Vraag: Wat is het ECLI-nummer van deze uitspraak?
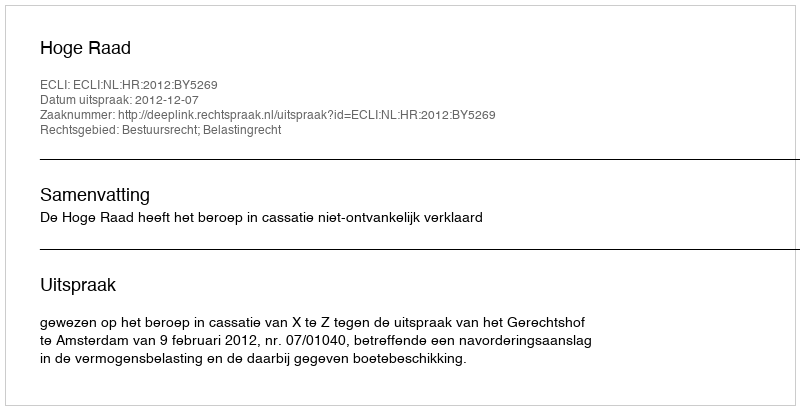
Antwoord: ECLI:NL:HR:2012:BY5269